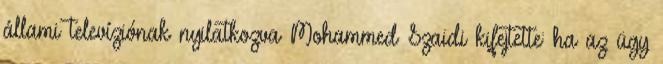
állami televíziónak nyilatkozva Mohammed Szaidi kifejtette: ha az ügy